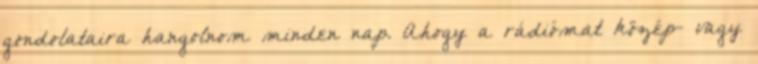
gondolataira hangolnom minden nap. Ahogy a rádiómat közép- vagy